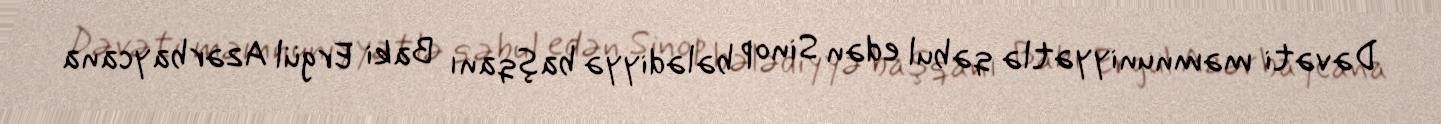
Dəvəti məmnuniyyətlə qəbul edən Sinop bələdiyyə başqanı Baki Ergül Azərbaycana